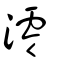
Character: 澪